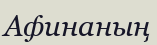
Афинаның